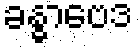
ခန္ဓာဗေဒ